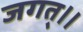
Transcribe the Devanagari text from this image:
जगत्।।